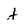
Character: t